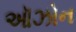
ઑઝોન